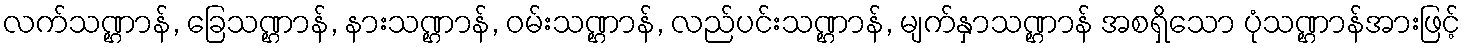
လက်သဏ္ဌာန်, ခြေသဏ္ဌာန်, နားသဏ္ဌာန်, ဝမ်းသဏ္ဌာန်, လည်ပင်းသဏ္ဌာန်, မျက်နှာသဏ္ဌာန် အစရှိသော ပုံသဏ္ဌာန်အားဖြင့်